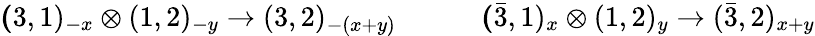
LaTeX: {\mathbf(3,1)_{-x}\otimes(1,2)_{-y}\rightarrow(3,2)_{-(x+y)}}\qquad\quad{\mathbf(\bar{3},1)_{x}\otimes(1,2)_{y}\rightarrow(\bar{3},2)_{x+y}}